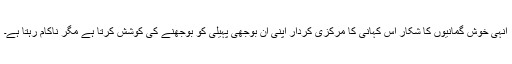
انہی خوش گمانیوں کا شکار اس کہانی کا مرکزی کردار اپنی ان بوجھی پہیلی کو بوجھنے کی کوشش کرتا ہے مگر ناکام رہتا ہے۔